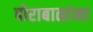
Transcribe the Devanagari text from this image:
पोराबाळांना